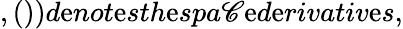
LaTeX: ,())d\mathrm{e}not\mathrm{e}sth\mathrm{e}spa\mathscr{C}\mathrm{e}d\mathrm{e}rivativ\mathrm{e}s,